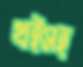
খইসহ